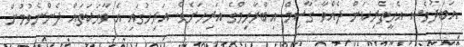
އަބަދުވެސް އެހީތެރިކަން ދެއްވާ ގާސިމް އިބްރާހިމްގެ އަރިހަށެވެ. އަރިހުގައި އެ ވާހަކަތައް ދެންނެވުމުން